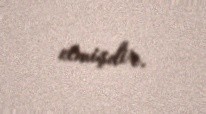
etmişdir.